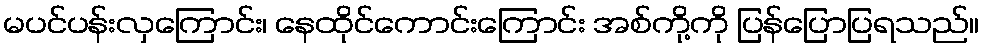
မပင်ပန်းလှကြောင်း၊ နေထိုင်ကောင်းကြောင်း အစ်ကို့ကို ပြန်ပြောပြရသည်။